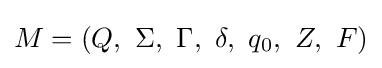
M=(Q,\ \Sigma ,\ \Gamma ,\ \delta ,\ q_{0},\ Z,\ F)